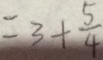
= 3 + \frac { 5 } { 4 }